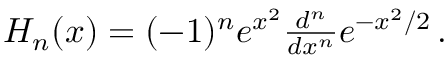
\begin{array} { r } { H _ { n } ( x ) = ( - 1 ) ^ { n } e ^ { x ^ { 2 } } \frac { d ^ { n } } { d x ^ { n } } e ^ { - x ^ { 2 } / 2 } \, . } \end{array}